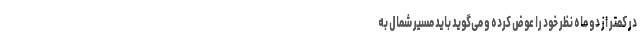
در کمتر از دو ماه نظر خود را عوض کرده و می‌گوید باید مسیر شمال به